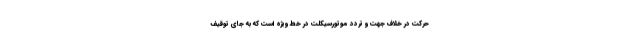
حرکت در خلاف جهت و تردد موتورسیکلت در خط ویژه است که به جای توقیف